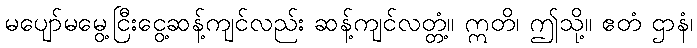
မပျော်မမွေ့ငြီးငွေ့ဆန့်ကျင်လည်း ဆန့်ကျင်လတ္တံ့။ ဣတိ၊ ဤသို့။ ဧတံ ဌာနံ၊